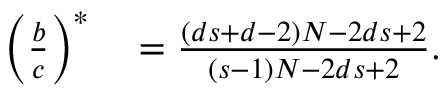
\begin{array} { r l } { \left( \frac { b } { c } \right) ^ { \ast } } & { { } = \frac { \left( d s + d - 2 \right) N - 2 d s + 2 } { \left( s - 1 \right) N - 2 d s + 2 } . } \end{array}